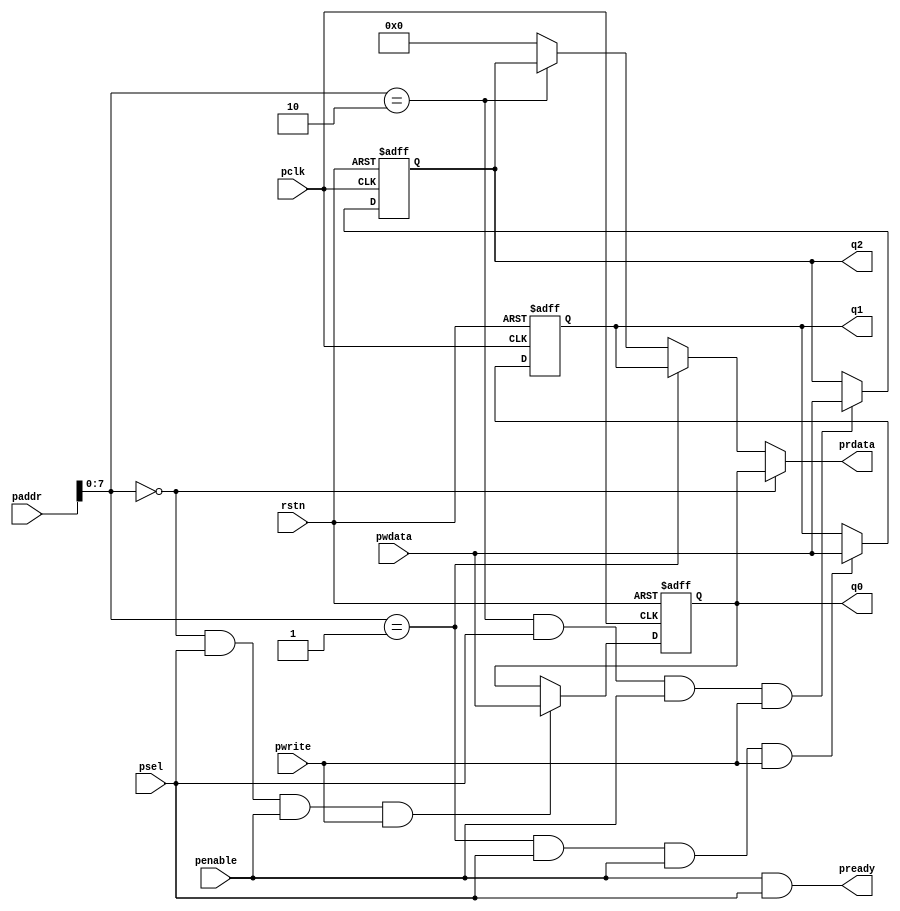
module apbregister 
 (
    input rstn,
    input pclk,
    input [15:0] paddr,
    input [15:0] pwdata,
    output [15:0] prdata,
    input   psel,
    input   pwrite,
    input penable,
    output pready,
    output [15:0] q0,
    output [15:0] q1,
    output [15:0] q2
 );

reg [15:0] reg0;
reg [15:0] reg1;
reg [15:0] reg2;

always @(negedge rstn or posedge pclk) begin
    if ( ~rstn ) begin
        reg0 <= 16'b0;
    end
    else begin
        if ( (paddr[7:0] == 8'b00000000) && psel && penable && pwrite  ) begin
            reg0 <= pwdata;
        end
    end
end

always @(negedge rstn or posedge pclk) begin
    if ( ~rstn ) begin
        reg1 <= 16'b0;
    end
    else begin
        if ( (paddr[7:0] == 8'b00000001) && psel && penable && pwrite  ) begin
            reg1 <= pwdata;
        end
    end
end

always @(negedge rstn or posedge pclk) begin
    if ( ~rstn ) begin
        reg2 <= 16'b0;
    end
    else begin
        if ( (paddr[7:0] == 8'b00000010) && psel && penable && pwrite  ) begin
            reg2 <= pwdata;
        end
    end
end

assign prdata = (paddr[7:0] == 8'b00000000) ? reg0 :
                (paddr[7:0] == 8'b00000001) ? reg1 :
                (paddr[7:0] == 8'b00000010) ? reg2 : 16'b0;

assign pready = penable & psel;
assign q0 = reg0;
assign q1 = reg1;
assign q2 = reg2;



endmodule